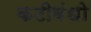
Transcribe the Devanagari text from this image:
कटीबंधो